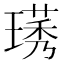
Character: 璓